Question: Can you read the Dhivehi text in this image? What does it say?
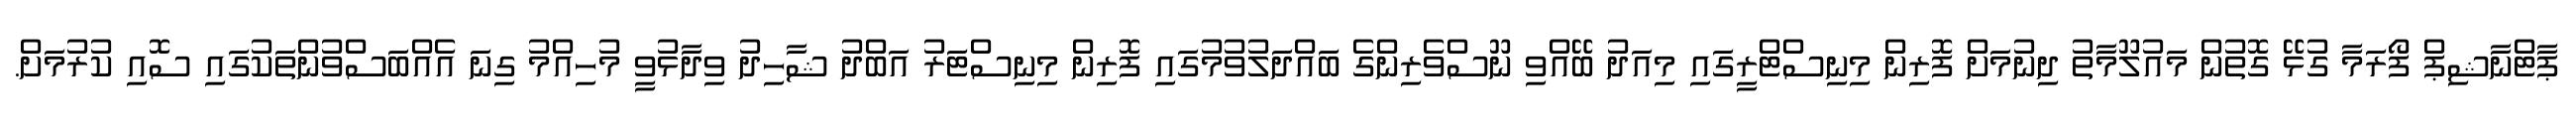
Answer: ޕާޓްނާޝިޕް ފޯރަމާ ގުޅޭ ގޮތުން މައުލޫމާތު ދިނުމަށް ފޮރިން މިނިސްޓްރީގައި މިއަދު ބޭއްވި ނޫސްވެރިންގެ ބައްދަލުވުމުގައި ފޮރިން މިނިސްޓަރު އަބްދު ޝާހިދު ވިދާޅުވީ މުހިއްމު ގިނަ އެއްބަސްވުންތަކުގައި ސޮއި ކުރުމަށް.